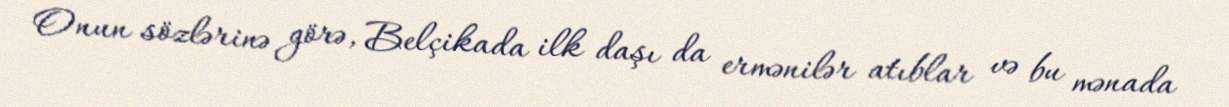
Onun sözlərinə görə, Belçikada ilk daşı da ermənilər atıblar və bu mənada